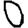
Digit: 0